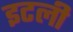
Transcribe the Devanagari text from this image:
इटली